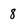
Character: 8